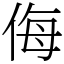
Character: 侮